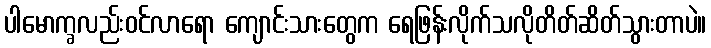
ပါမောက္ခလည်းဝင်လာရော ကျောင်းသားတွေက ရေဖြန်းလိုက်သလိုတိတ်ဆိတ်သွားတာပဲ။